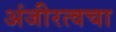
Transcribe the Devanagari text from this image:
अंजीरत्वचा